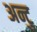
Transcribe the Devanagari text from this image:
अन्टु